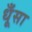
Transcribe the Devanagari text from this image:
धूँसा